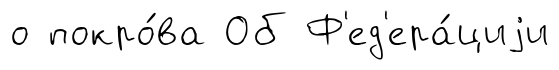
о покро́ва Об Ф'ед'ера́циjи